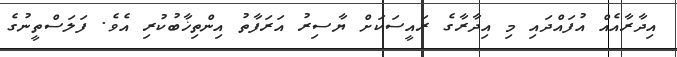
އިދާރާއެއް އުފައްދައި މި އިދާރާގެ ރައީސަކަށް ޔާސިރު އަރަފާތު އިންތިޚާބުކުރި އެވެ. ފަލަސްތީނުގެ